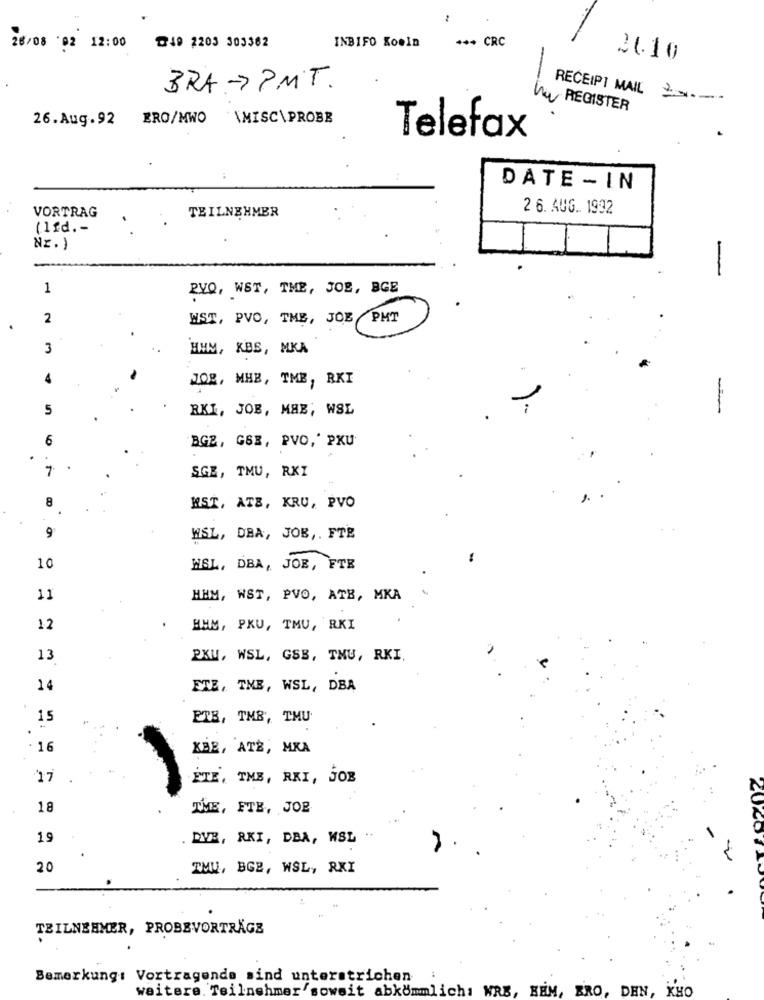
INBIFO Koeln
*** CRC
28/08 02 12:00
@49 2203 303362
26.10
BRA ->PMT.
RECEIPT MAIL 20 .-.
REGISTER
26.Aug.92 ERO/MWO \MISC\PROBE
Telefax
DATE - IN
2 6. AUG. 1932
VORTRAG
TEILNEHMER
(Ifd .-
Nz.)
1
PYQ, WST, THE, 302, BGE
2
WST, PVO, THE, JOE
PHT
3
HMM, KBS, MKA
JOg, MHB, TME, RKI
-
5
RKI, JOB, MAB, WSL
6
BGZ, GSE, PVO,' PKU
7
SGE, TMU, RKI
8
WST, ATB, KRU, PVO
WSL, DBA, JOB ,. FTE
10
HSL, DBA, JOE, FTE
11
MHM, WST, PVO, ATB, MKA
12
HMM, PKU, TMU, RKI
13
PKU, WSL, GSB, TMU, RKI.
14
ETE, THE, WSL, DBA
15
ETB, TM8, TMU
16
KBE, ATB, MKA
17
ETE, TME, RKI, JOB
18
THE, FTE, JOB
19
DVB, RKI, DBA, WSL
20
TMU, BGB, WSL, AKI
TEILNEHMER, PROBEVORTRÄGE
Bemerkung: Vortragende sind unterstrichen
weitere. Teilnehmer'soweit abkömmmlich: WRB, BEM, BRO, DEN, KHO